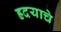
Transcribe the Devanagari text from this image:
ह्रदयाचे